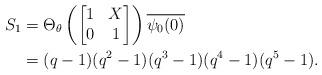
LaTeX: \begin{align*}S_{1} &= \Theta_{\theta} \left (\begin{bmatrix} 1 & X \\ 0 & 1 \end{bmatrix}\right ) \overline{\psi_{0}(0)} \\&= (q-1)(q^{2}-1)(q^{3}-1)(q^4-1)(q^5-1). \end{align*}